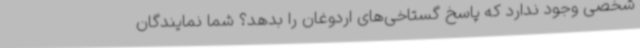
شخصی وجود ندارد که پاسخ گستاخی‌های اردوغان را بدهد؟ شما نمایندگان